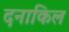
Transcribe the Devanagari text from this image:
दनाकिल